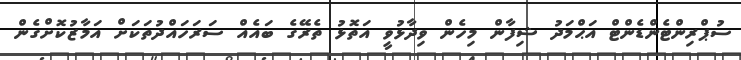
ސުޕްރިންޓެންޑެންޓް އަޙްމަދު ޝިފާން މިހެން ވިދާޅުވީ އަތޮޅު ތެރޭގެ ބައެއް ސަރަހައްދުތަކަށް އަމާޒުކޮށްގެން